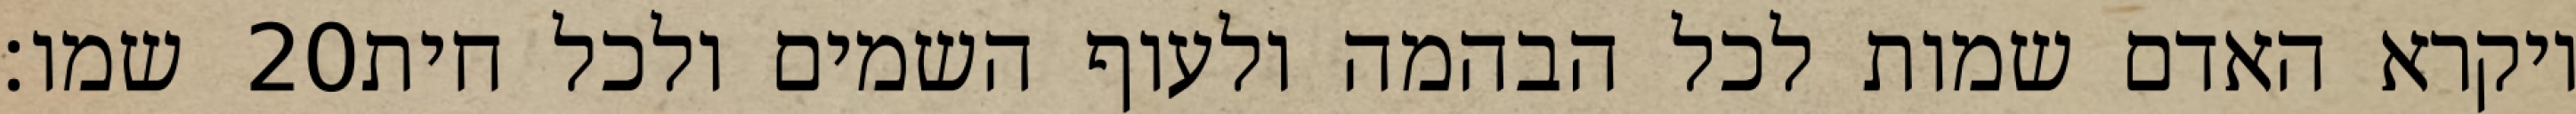
שמו׃ ‎20‏ ויקרא האדם שמות לכל הבהמה ולעוף השמים ולכל חית